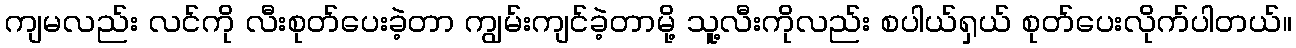
ကျမလည်း လင်ကို လီးစုတ်ပေးခဲ့တာ ကျွမ်းကျင်ခဲ့တာမို့ သူ့လီးကိုလည်း စပါယ်ရှယ် စုတ်ပေးလိုက်ပါတယ်။